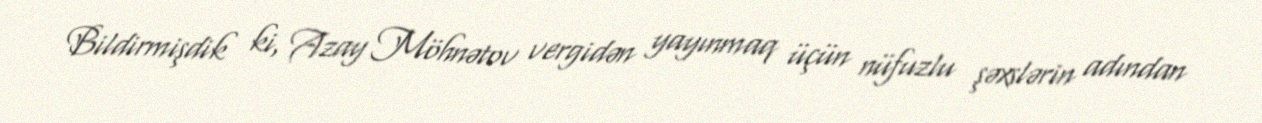
Bildirmişdik ki, Azay Möhnətov vergidən yayınmaq üçün nüfuzlu şəxslərin adından